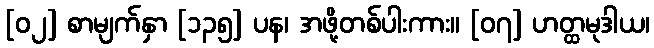
[၀၂] စာမျက်နှာ [၁၃၅] ပန၊ အဖို့တစ်ပါးကား။ [၀၇] ဟတ္ထမုဒါယ၊